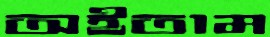
অইতাম